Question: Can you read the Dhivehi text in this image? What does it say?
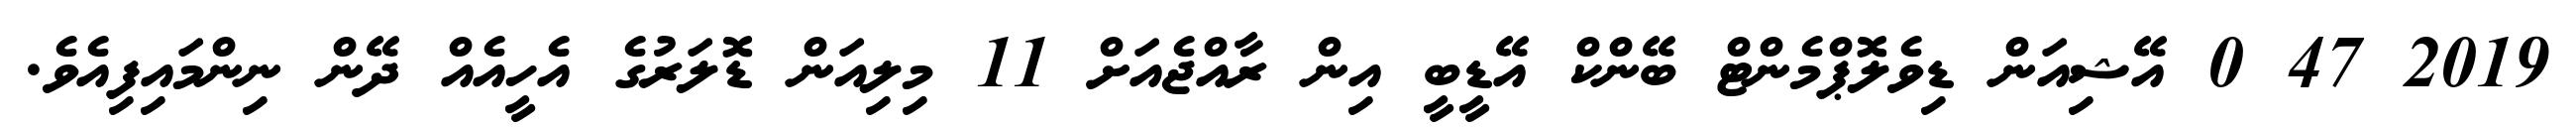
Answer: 2019 47 0 އޭޝިއަން ޑިވެލޮޕްމެންޓް ބޭންކް އޭޑީބީ އިން ރާއްޖެއަށް 11 މިލިއަން ޑޮލަރުގެ އެހީއެއް ދޭން ނިންމައިފިއެވެ.